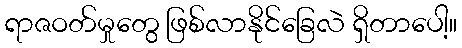
ရာဇဝတ်မှုတွေ ဖြစ်လာနိုင်ခြေလဲ ရှိတာပေါ့။